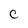
Character: C